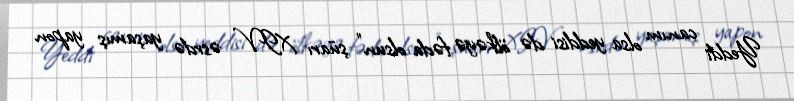
Yeddi canım olsa yeddisi də ölkəyə fəda olsun" şüarı XIV əsrdə yaşamış yapon